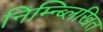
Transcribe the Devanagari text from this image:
निम्न्ब्लिखित